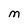
Character: M